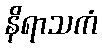
နိရာသကံ